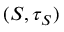
( S , \tau _ { S } )